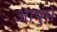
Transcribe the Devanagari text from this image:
आपुमे